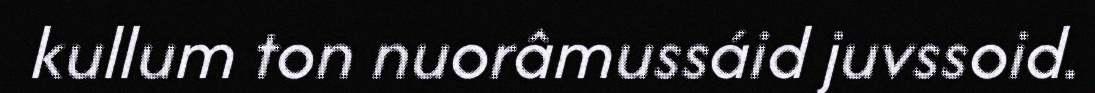
kullum ton nuorâmussáid juvssoid.